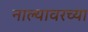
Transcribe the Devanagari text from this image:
नाल्यावरच्या